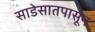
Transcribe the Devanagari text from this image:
साडेसातपासून